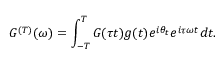
{ G } ^ { ( T ) } ( \omega ) = \int _ { - T } ^ { T } G ( \tau t ) g ( t ) e ^ { i \theta _ { t } } e ^ { i \tau \omega t } d t .